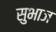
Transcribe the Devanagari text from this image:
सुभाज